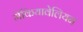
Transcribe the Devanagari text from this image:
मेकियावेलियन